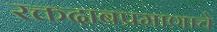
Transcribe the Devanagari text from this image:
रक्तदाबप्रमाणाचे